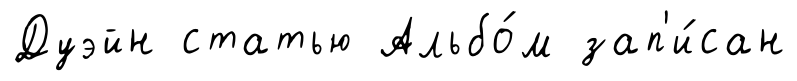
Дуэйн статью Альбо́м зап'и́сан